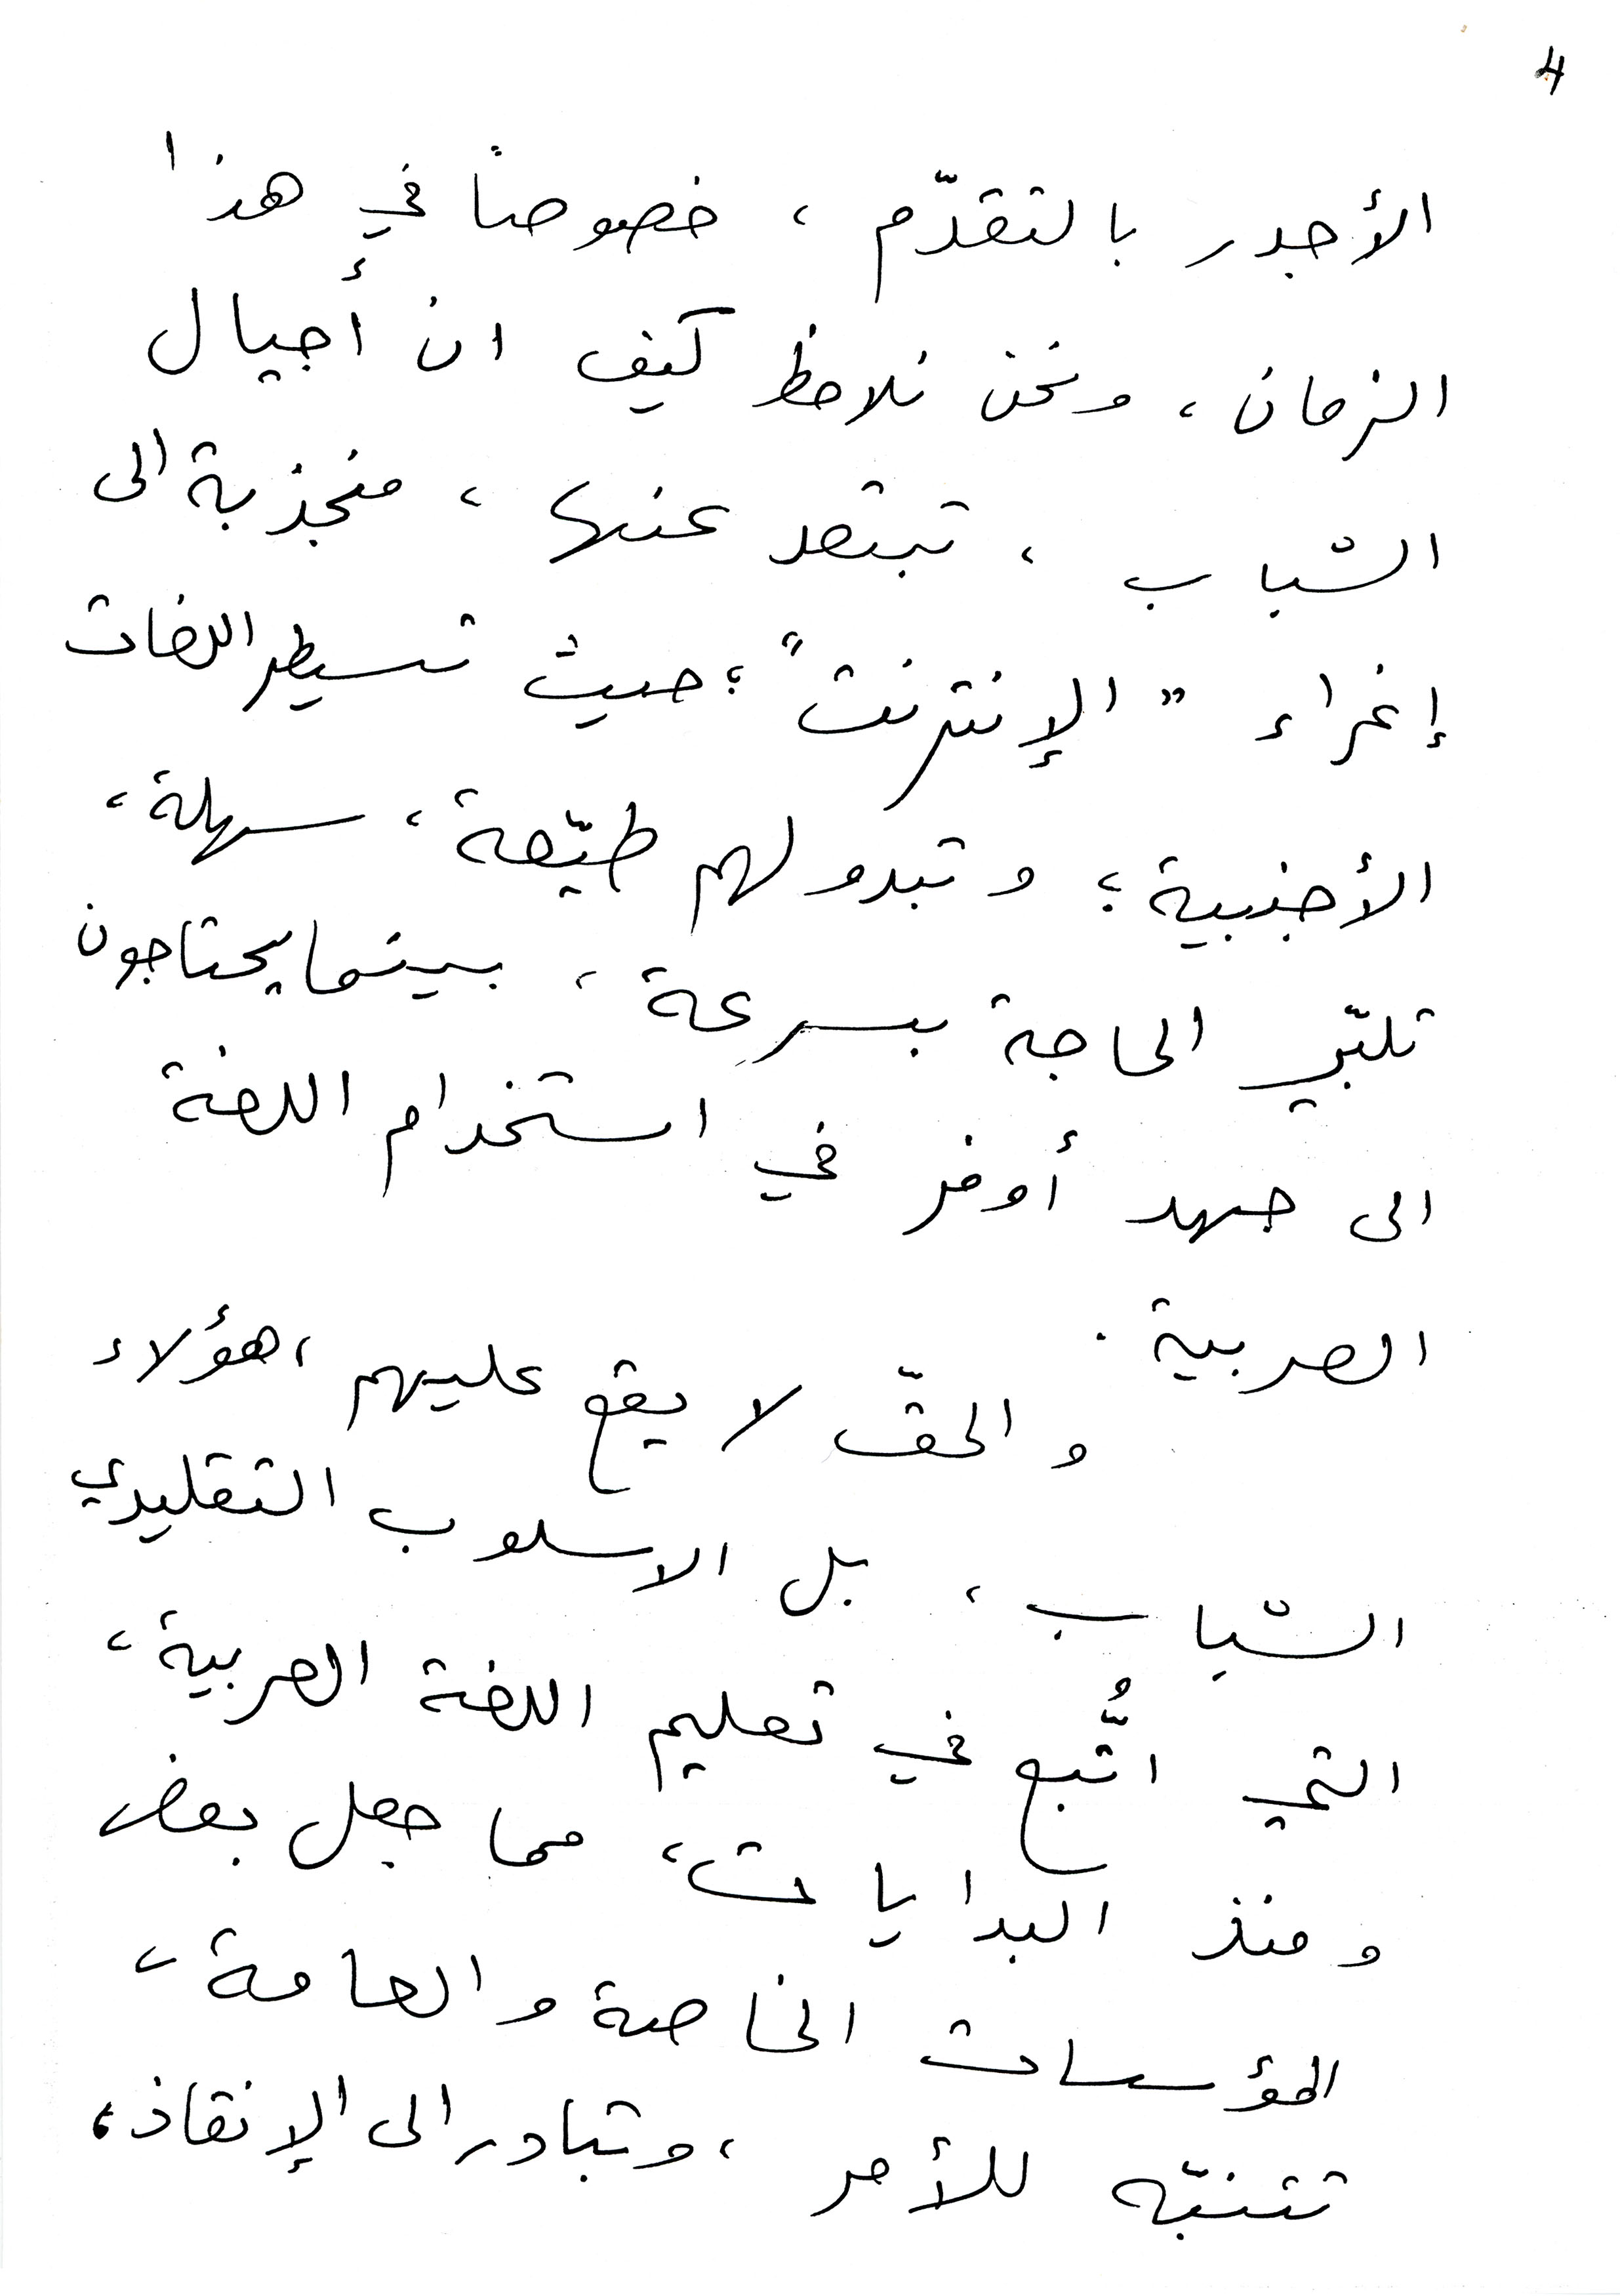
4
الأجدر بالتقدّم ، خصوصاً في هذا
الزمان، ونحن نلاحظ كيف ان أجيال
الشباب ، تبتعد عنها ، منجذبة الى
إغراء " الإنترنت "؛ حيث تسيطر اللغات
الأجنبية؛ وتبدو لهم طيّعة ، سهلة ،
تلبّي الحاجة بسرعة ، بينما يحتاجون
الى جهد أوفر في استخدام اللغة
العربية.
والحقّ لا يقع عليهم ، هؤلاء
الشباب، بل الاسلوب التقليدي
التي اتَُبع في تعليم اللغة العربية،
ومنذ البدايات، مما جعل بعض
المؤسسات الخاصة والعامة،
تتنبّه للأمر، وتبادر الى الإنقاذ،